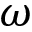
\omega